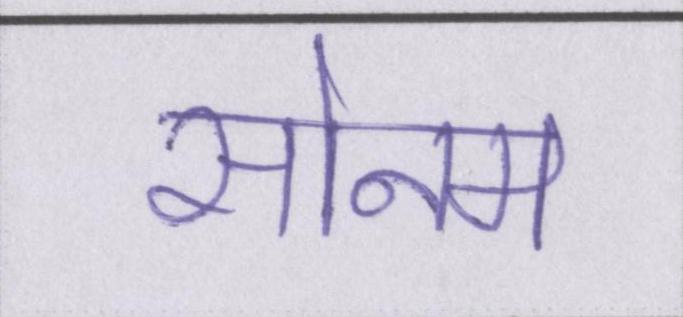
सोनम